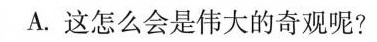
A.这怎么会是伟大的奇观呢?